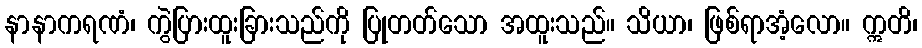
နာနာကရဏံ၊ ကွဲပြားထူးခြားသည်ကို ပြုတတ်သော အထူးသည်။ သိယာ၊ ဖြစ်ရာအံ့လော။ ဣတိ၊